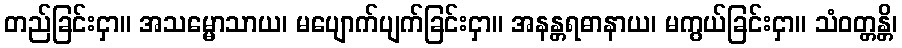
တည်ခြင်းငှာ။ အသမ္မောသာယ၊ မပျောက်ပျက်ခြင်းငှာ။ အနန္တရဓာနာယ၊ မကွယ်ခြင်းငှာ။ သံဝတ္တန္တိ၊